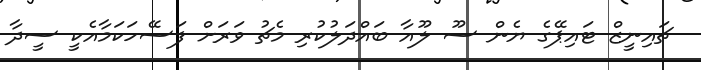
ޗައިނީޒް ޓައިޕޭގެ ޔެން ސޫ ލޫއާ ބައްދަލުކުރި މެޗު ވަރަށް ފަސޭހަކަމާއެކީ ސީދާ